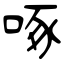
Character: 啄